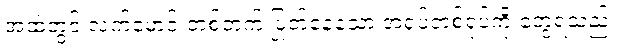
အထဲတွင် လက်မောင်းတစ်ဘက် ပြုတ်နေသော အရုပ်တစ်ရုပ်ကို တွေ့ရသည်။